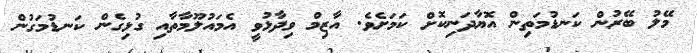
މޭލު ބޭރުން ކަނޑުމަތިން އޮޔާދަނިކޮށް ކަމަށެވެ. އާޒިމް ވިދާޅުވީ އެމައުލޫމާތާއި ގުޅިގެން ކަނޑުމަގުން